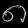
Digit: ၈